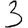
Digit: 3